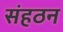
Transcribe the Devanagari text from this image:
संहठन